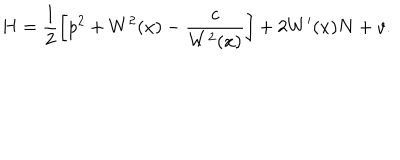
H = \frac 1 2 \left[ p ^ { 2 } + W ^ { 2 } ( x ) - \frac { c } { W ^ { 2 } ( x ) } \right] + 2 W ^ { \prime } ( x ) N + v .